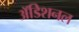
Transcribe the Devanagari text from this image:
अॅडिशनल